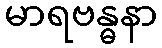
မာရဗန္ဓနာ